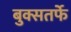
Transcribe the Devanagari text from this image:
बुक्सतर्फे